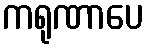
ကရုဏာပေ